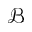
\mathcal { B }